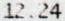
12.24